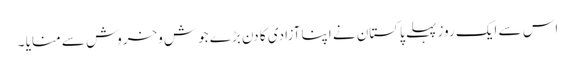
اس سے ایک روز پہلے پاکستان نے اپنا آزادی کا دن بڑے جوش وخروش سے منایا ۔